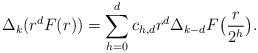
LaTeX: \begin{align*} \Delta_k (r^d F(r)) = \sum_{h=0}^{d} c_{h,d} r^d \Delta_{k-d} F\big(\frac{r}{2^h}\big).\end{align*}